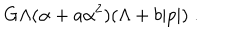
G \Lambda ( \alpha + a \alpha ^ { 2 } ) ( \Lambda + b | p | ) \; .